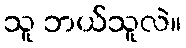
သူ ဘယ်သူလဲ။